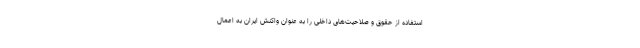
استفاده از حقوق و صلاحیت‌های داخلی را به عنوان واکنش ایران به اعمال